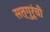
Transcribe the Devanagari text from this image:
सत्गुरूंची